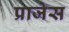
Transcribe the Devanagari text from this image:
प्राजेस